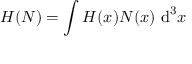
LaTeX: H ( N ) = \int H ( x ) N ( x ) \, \operatorname { d } ^ { 3 } \! x